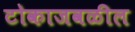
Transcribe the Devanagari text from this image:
टोकाजवळील